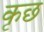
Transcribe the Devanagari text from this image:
कृछ